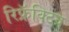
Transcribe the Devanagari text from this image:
रिफ्रॅक्टिव